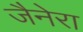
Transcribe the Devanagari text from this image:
जैनेरा